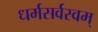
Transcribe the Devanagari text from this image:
धर्मसर्वस्वम्